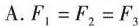
A.$$F_{1}=F_{2}=F_{3}$$